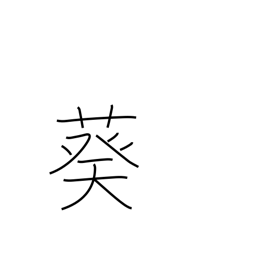
Meaning: hollyhock